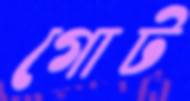
গোট